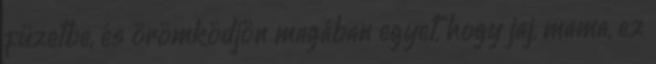
füzetbe, és örömködjön magában egyet, hogy jaj, mama, ez